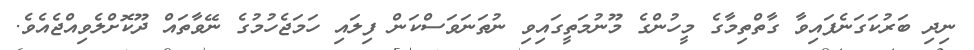
ނިދި ބަރުކަގަނެފައިވާ ގާތްތިމާގެ މީހުންގެ މޫނުމަތީގައިވި ނުތަނަވަސްކަން ފިލައި ހަމަޖެހުމުގެ ނޭވާތައް ދޫކޮށްލެވިއްޖެއެވެ.